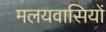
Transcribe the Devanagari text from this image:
मलयवासियों